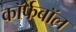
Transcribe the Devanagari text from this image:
कॉर्फबॉल